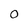
Character: 0